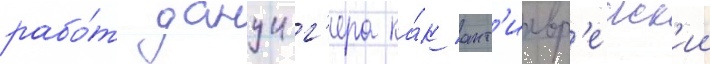
рабо́т данциг'ера ка́к ант'иевр'еиск'ии